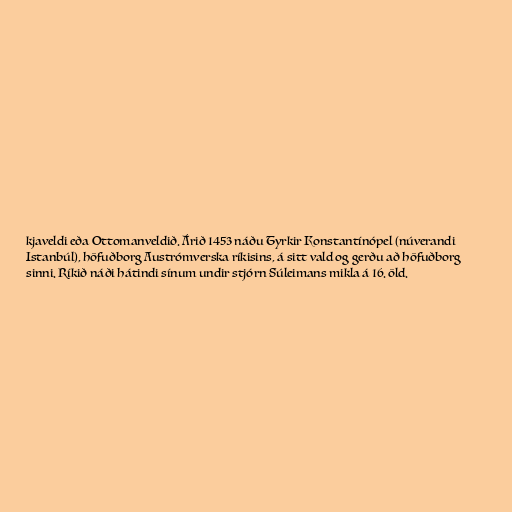
kjaveldi eða Ottomanveldið. Árið 1453 náðu Tyrkir Konstantínópel (núverandi
Istanbúl), höfuðborg Austrómverska ríkisins, á sitt vald og gerðu að höfuðborg
sinni. Ríkið náði hátindi sínum undir stjórn Súleimans mikla á 16. öld.